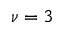
\nu = 3